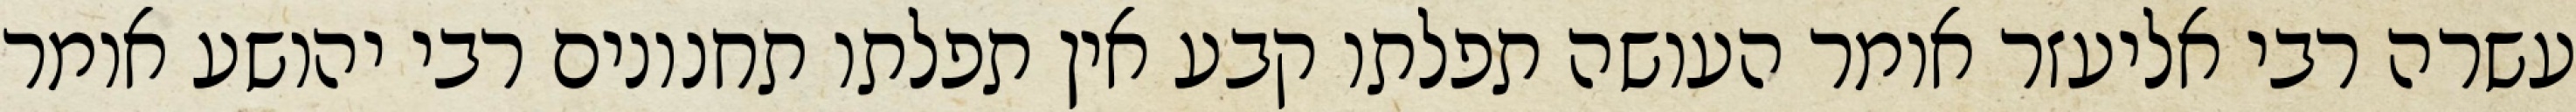
עשרה רבי אליעזר אומר העושה תפלתו קבע אין תפלתו תחנונים רבי יהושע אומר